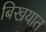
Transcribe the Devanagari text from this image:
बिखयात